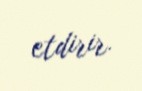
etdirir.